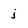
Character: j